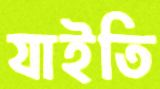
যাইতি